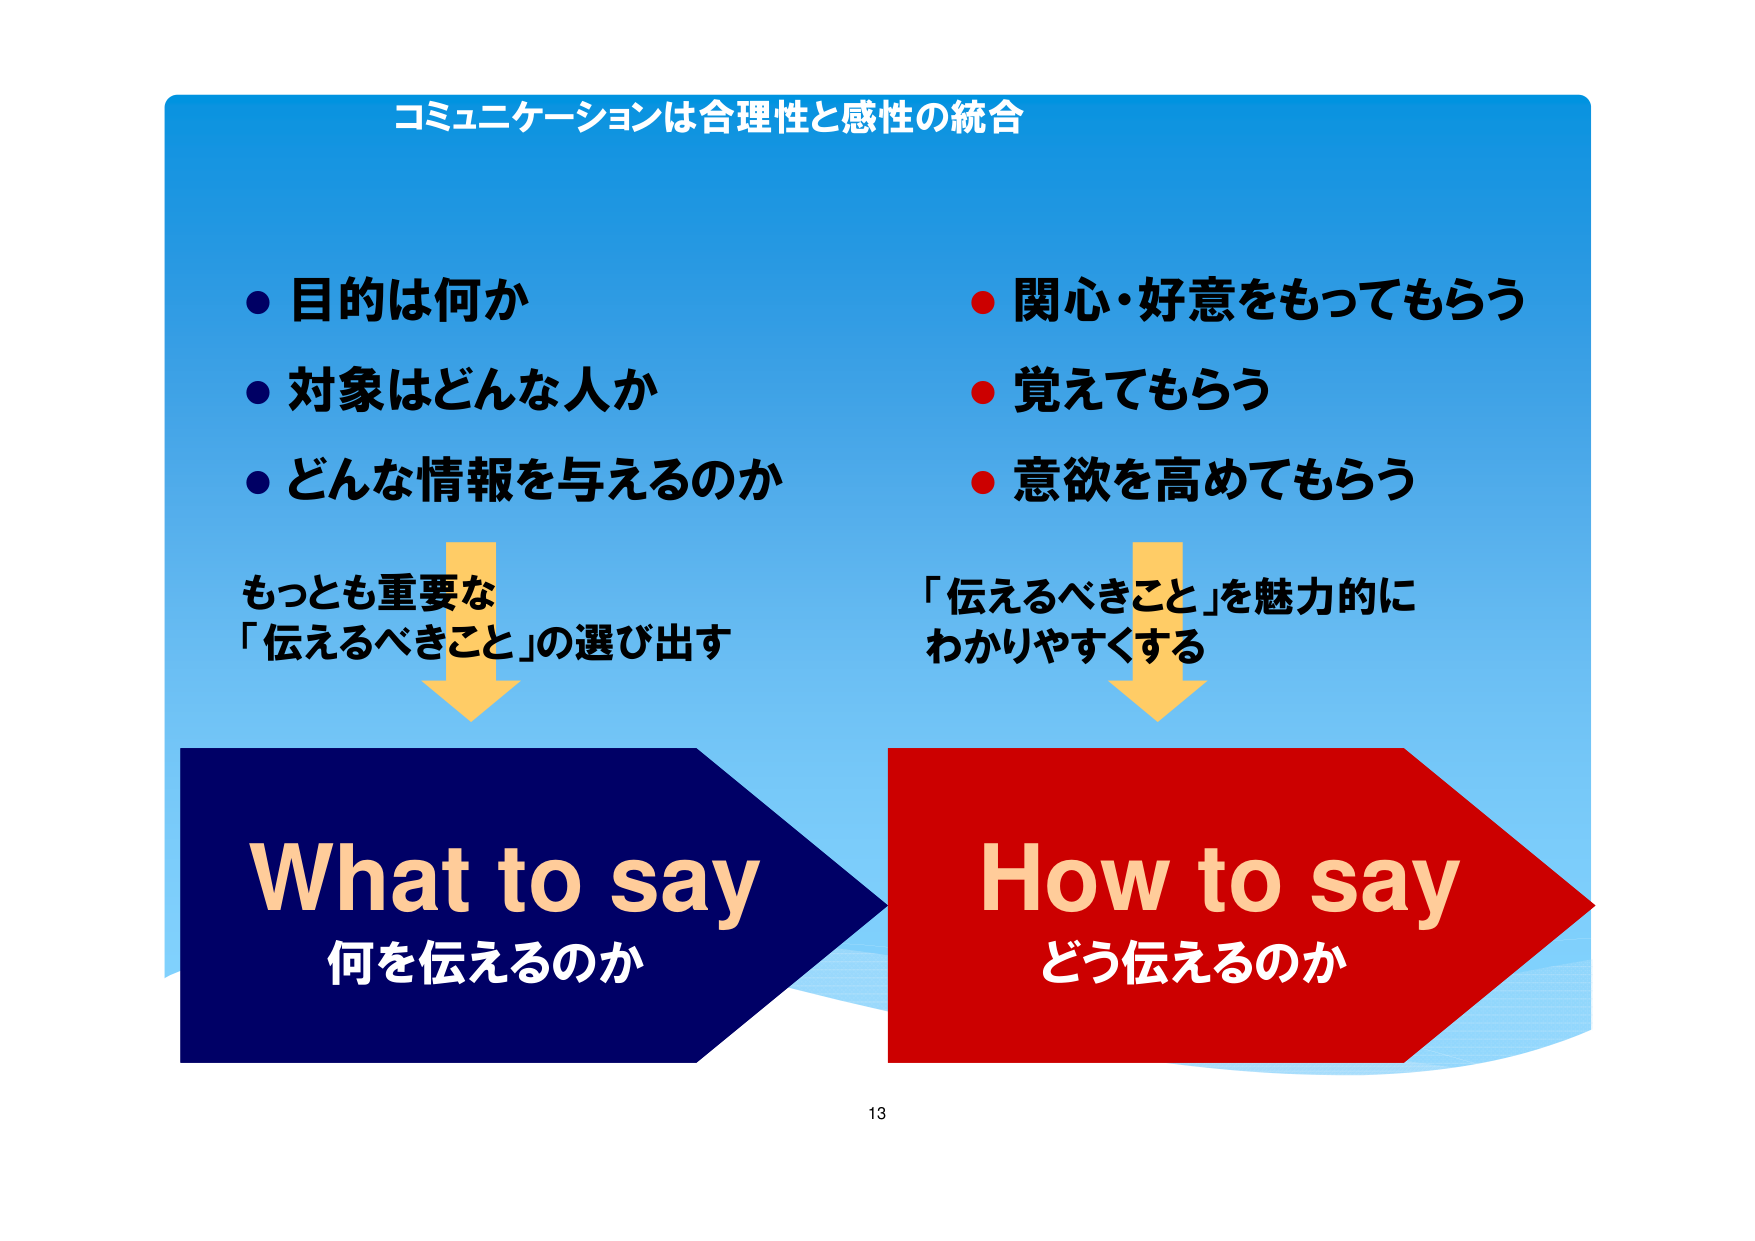
コミュニケーションは合理性と感性の統合

● 目的は何か
● 対象はどんな人か
● どんな情報を与えるのか

もっとも重要な
「伝えるべきこと」の選び出す

● 関心・好意をもってもらう
● 覚えてもらう
● 意欲を高めてもらう

「伝えるべきこと」を魅力的に
わかりやすくする

What to say
何を伝えるのか

How to say
どう伝えるのか

13